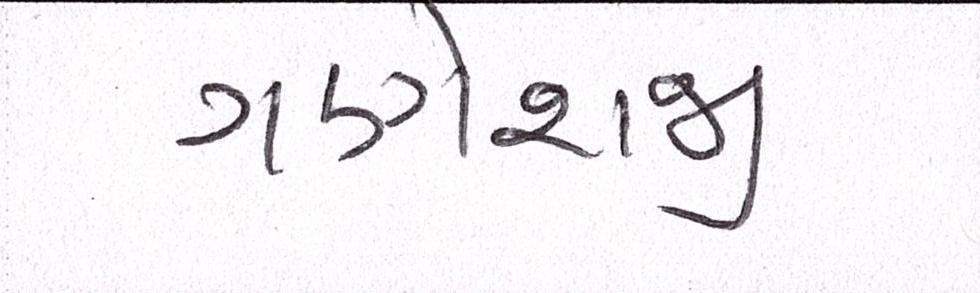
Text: ગણેશજી